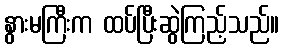
နွားမကြီးက ထပ်ပြီးဆွဲကြည့်သည်။